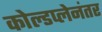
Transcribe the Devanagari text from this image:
कोल्डप्लेनंतर